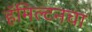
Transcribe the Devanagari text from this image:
हॅमिल्टनचा